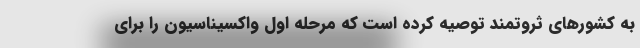
به کشورهای ثروتمند توصیه کرده است که مرحله اول واکسیناسیون را برای